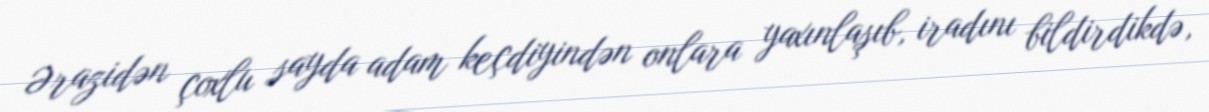
Ərazidən çoxlu sayda adam keçdiyindən onlara yaxınlaşıb, iradını bildirdikdə,